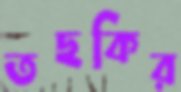
তছকির